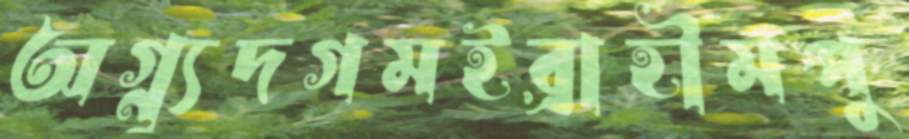
অগ্ন্যুদগমইব্রাহীমপু